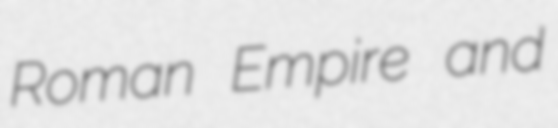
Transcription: Roman Empire and